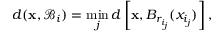
d ( \mathbf { x } , \mathcal { B } _ { i } ) = \operatorname* { m i n } _ { j } d \left[ \mathbf { x } , B _ { r _ { i _ { j } } } ( x _ { i _ { j } } ) \right] ,